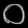
Digit: ၀